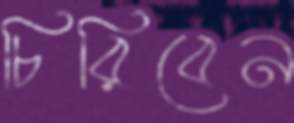
চিরিবেন